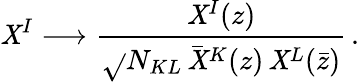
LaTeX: \mathit{X}^{I}\longrightarrow{\frac{{\mathit{X}^{I}(z)}}{{\sqrt{}{{N_{KL}\, \bar{{\mathit{X}}}^{K}(z)\, \mathit{X}{}^{L}(\bar{{z}})}}}}}\, .